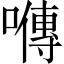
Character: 𡀯